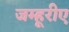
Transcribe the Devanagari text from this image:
जम्हूरीए